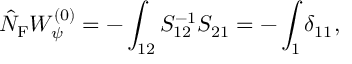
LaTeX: \hat { N } _ { \mathrm { F } } W _ { \psi } ^ { ( 0 ) } = - \int _ { 1 2 } S _ { 1 2 } ^ { - 1 } S _ { 2 1 } = - \int _ { 1 } \delta _ { 1 1 } ,